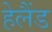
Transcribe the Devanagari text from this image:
हेलैंड